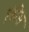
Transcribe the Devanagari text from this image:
एंडीस